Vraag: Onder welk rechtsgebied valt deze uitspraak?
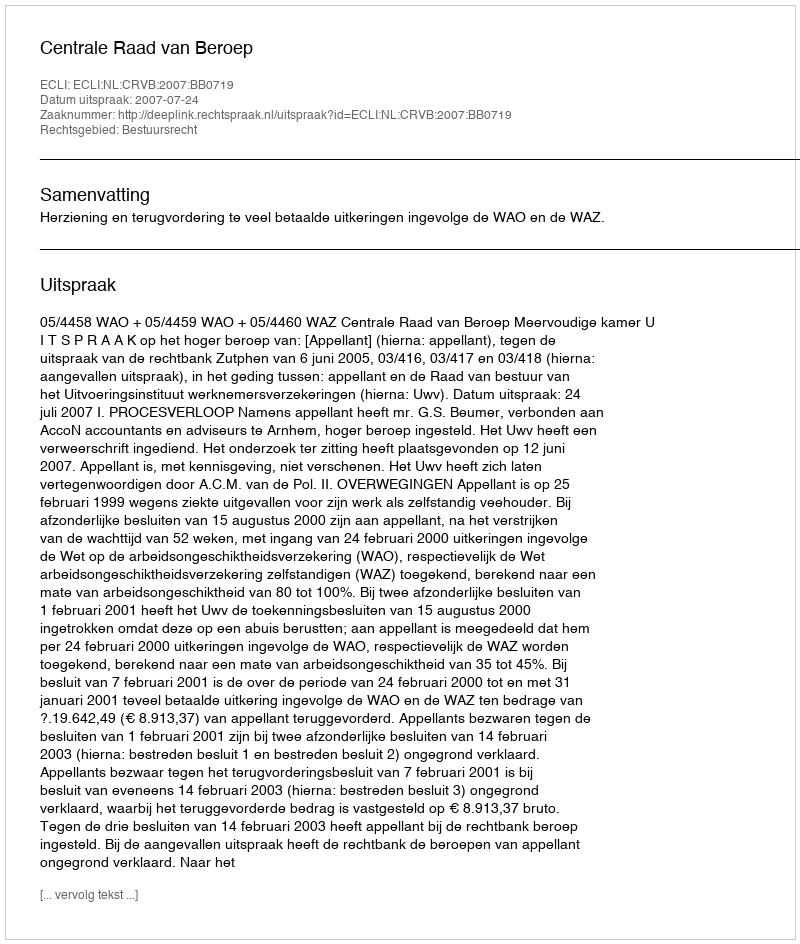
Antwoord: Bestuursrecht